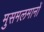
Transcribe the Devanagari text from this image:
मुसमलमानों